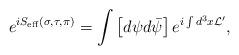
LaTeX: \begin{align*}e^{iS_{\rm eff}(\sigma,\tau,\pi)}=\int\left[d\psi d\bar\psi\right]e^{i\int d^3x {\cal L}^{\prime}},\end{align*}